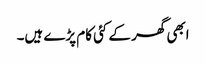
ابھی گھر کے کئی کام پڑے ہیں۔